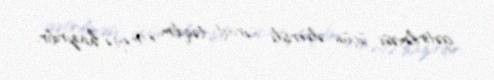
gətirilməsi üçün əlverişli şərait təqdim etməyə hazırdır.